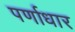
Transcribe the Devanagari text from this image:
पर्णाधार